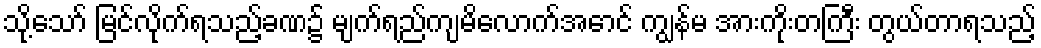
သို့သော် မြင်လိုက်ရသည့်ခဏ၌ မျက်ရည်ကျမိလောက်အောင် ကျွန်မ အားကိုးတကြီး တွယ်တာရသည့်